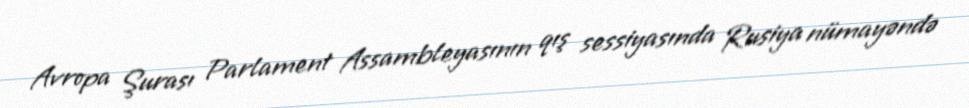
Avropa Şurası Parlament Assambleyasının qış sessiyasında Rusiya nümayəndə